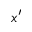
x ^ { \prime }